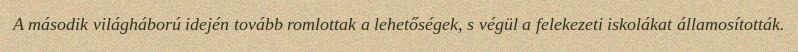
A második világháború idején tovább romlottak a lehetőségek, s végül a felekezeti iskolákat államosították.